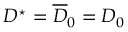
D ^ { \star } = \overline { { D } } _ { 0 } = D _ { 0 }